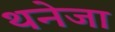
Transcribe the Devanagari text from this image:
थनेजा